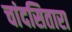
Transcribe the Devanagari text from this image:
चांदसितारा